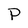
Character: P